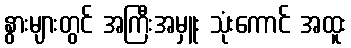
နွားများတွင် အကြီးအမှူး သုံးကောင် အထူး